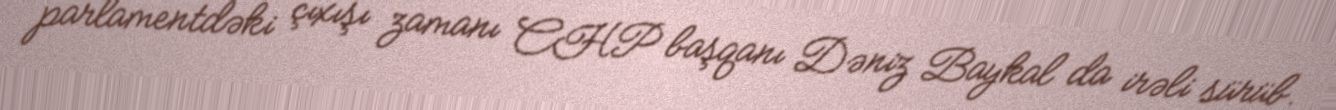
parlamentdəki çıxışı zamanı CHP başqanı Dəniz Baykal da irəli sürüb.